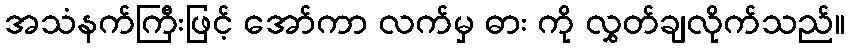
အသံနက်ကြီးဖြင့် အော်ကာ လက်မှ ဓား ကို လွှတ်ချလိုက်သည်။